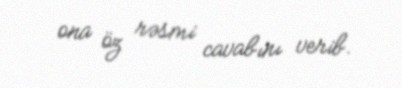
ona öz rəsmi cavabını verib.